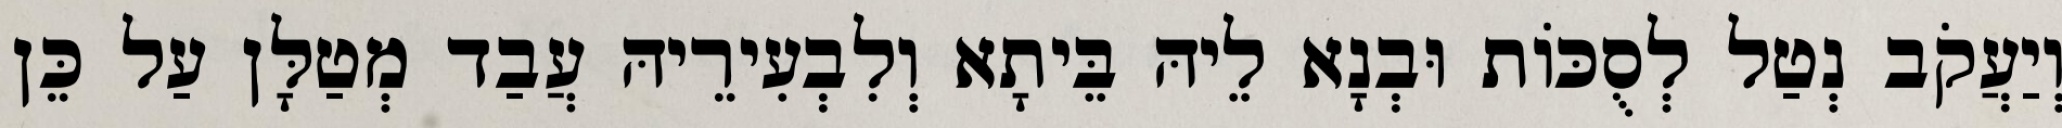
וְיַעֲקֹב נְטַל לְסֻכּוֹת וּבְנָא לֵיהּ בֵּיתָא וְלִבְעִירֵיהּ עֲבַד מְטַלָּן עַל כֵּן